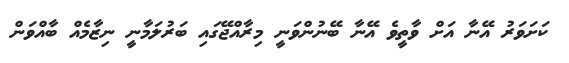
ކަށަވަރު އޭނާ އަށް ވާތީވެ އޭނާ ބޭނުންވަނީ މިރާއްޖޭގައި ބަރުލަމާނީ ނިޒާމެއް ބާއްވަން